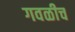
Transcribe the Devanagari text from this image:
गवळीच